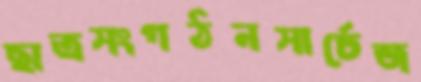
ছাত্রসংগঠনসার্চেজ